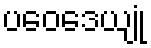
ပဝေဒေယျုံ